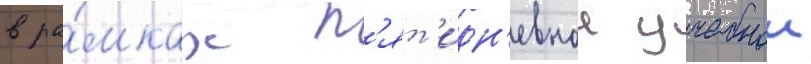
в ра́мках п'ят'идн'евнои учебнои